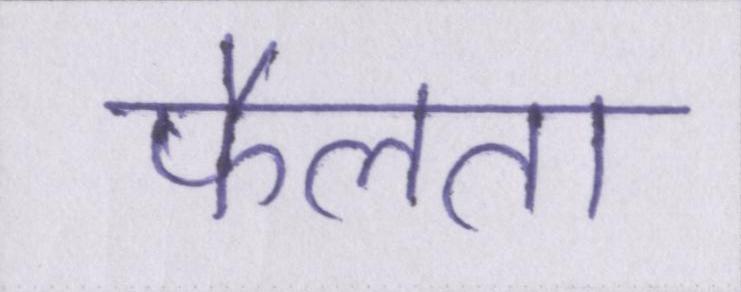
फैलता